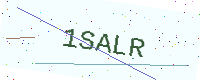
Text: 1SALR